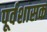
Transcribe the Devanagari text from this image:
पूर्वशासक